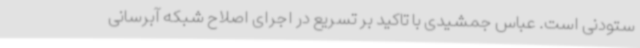
ستودنی است. عباس جمشیدی با تاکید بر تسریع در اجرای اصلاح شبکه آبرسانی